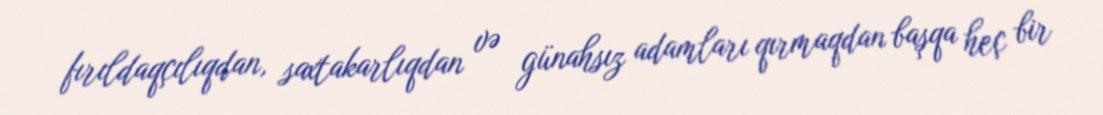
fırıldaqçılıqdan, saxtakarlıqdan və günahsız adamları qırmaqdan başqa heç bir